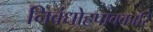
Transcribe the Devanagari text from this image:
निबंधोह्रपावकारि